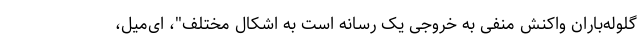
گلوله‌باران واکنش منفی به خروجی یک رسانه است به اشکال مختلف"، ای‌میل،